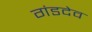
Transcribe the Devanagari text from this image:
गंडदेव